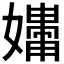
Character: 𪦧